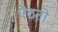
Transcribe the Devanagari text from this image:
ऐंठती